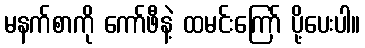
မနက်စာကို ကော်ဖီနဲ့ ထမင်းကြော် ပို့ပေးပါ။